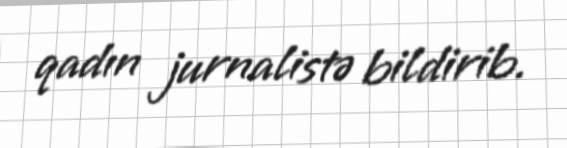
qadın jurnalistə bildirib.